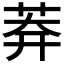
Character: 𦰃